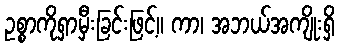
ဥစ္စာကိုရှာမှီးခြင်းဖြင့်။ ကာ၊ အဘယ်အကျိုးရှိ